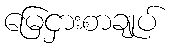
မြေငှားစာချုပ်